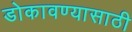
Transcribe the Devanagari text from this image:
डोकावण्यासाठी